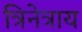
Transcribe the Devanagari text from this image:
त्रिनेत्राय